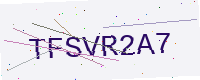
Text: TFSVR2A7